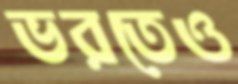
ভরতেও